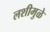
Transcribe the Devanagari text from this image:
लशीमुळे